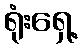
ရုံးရှေ့